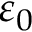
\varepsilon _ { 0 }